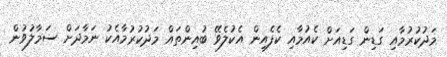
މަދުކުރުމާއި ގަޑިން ގަޑިއަށް ކެއުމާއި ކެފެއިން އެކުލެވޭ ބުއިންތައް މަދުކުރުމާއެކު ނަމާދަށް ސަމާލުވުން